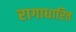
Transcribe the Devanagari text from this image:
रागाधारित